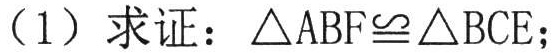
（1）求证：\(\triangle ABF\cong\triangle BCE\)；